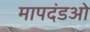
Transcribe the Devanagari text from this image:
मापदंडओ